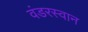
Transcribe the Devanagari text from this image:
वंडरस्वान